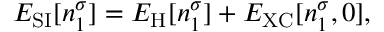
\begin{array} { r } { E _ { \mathrm { S I } } [ n _ { 1 } ^ { \sigma } ] = E _ { \mathrm { H } } [ n _ { 1 } ^ { \sigma } ] + E _ { \mathrm { X C } } [ n _ { 1 } ^ { \sigma } , 0 ] , } \end{array}